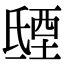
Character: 𣱐